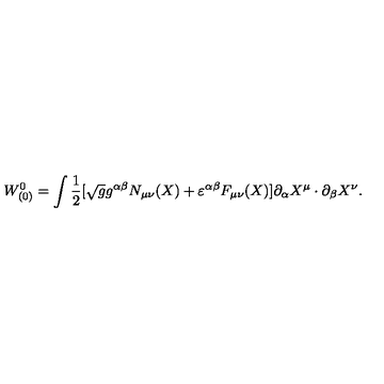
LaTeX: W _ { ( 0 ) } ^ { 0 } = \int \mathrm { \small { \frac 1 2 } } [ \sqrt { g } g ^ { \alpha \beta } N _ { \mu \nu } ( X ) + \varepsilon ^ { \alpha \beta } F _ { \mu \nu } ( X ) ] \partial _ { \alpha } X ^ { \mu } \cdot \partial _ { \beta } X ^ { \nu } .